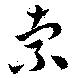
索